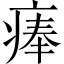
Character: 𤷰